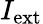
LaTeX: I_{\mathrm{ext}}